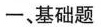
一、基础题